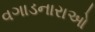
વગાડનારાઓ